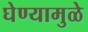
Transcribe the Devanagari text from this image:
घेण्यामुळे